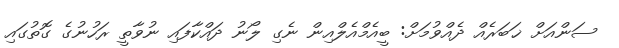
ސަންއަށް ޚަބަރެއް ދެއްވުމަށް: ބީއެމްއެލްއިން ނެގި ލޯނު ދައްކާފައި ނުވާތީ ރަހުނުގެ ގޮތުގައި